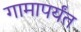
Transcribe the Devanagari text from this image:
गामापर्यंत